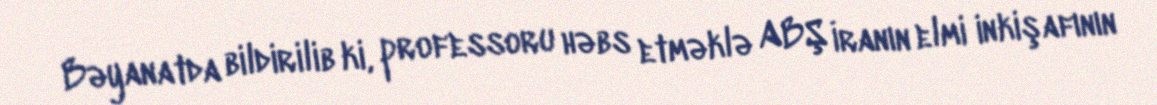
Bəyanatda bildirilib ki, professoru həbs etməklə ABŞ İranın elmi inkişafının